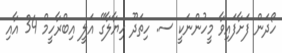
ހޯދަން ފަށާފައިވާ މީހުންނަކީ ސ. ހިތަދޫ ހިޔާލާގޭ އަލީ އިބްރާހީމް 34 އާއި